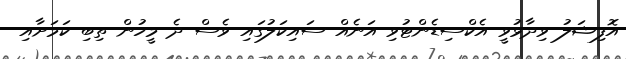
އޮފިޝަލު ވިދާޅުވީ އެކްސިޑެންޓުވި އަނެއް ސައިކަލުގައި ވެސް ދެ މީހުން ތިބި ކަމަށާއި